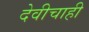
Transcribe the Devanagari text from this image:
देवीचाही